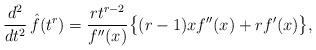
LaTeX: \begin{align*}{d^2\over dt^2}\,\hat f(t^r)={rt^{r-2}\over f''(x)}\bigl\{(r-1)xf''(x)+rf'(x)\bigr\},\end{align*}